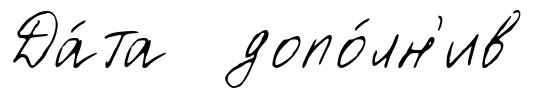
Да́та допо́лн'ив